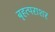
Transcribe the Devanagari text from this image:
बृहत्पराशर